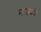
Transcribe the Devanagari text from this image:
माज्को